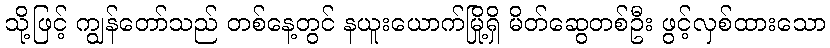
သို့ဖြင့် ကျွန်တော်သည် တစ်နေ့တွင် နယူးယောက်မြို့ရှိ မိတ်ဆွေတစ်ဦး ဖွင့်လှစ်ထားသော